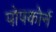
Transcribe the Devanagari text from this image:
पोपकोर्न